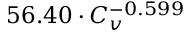
5 6 . 4 0 \cdot C _ { v } ^ { - 0 . 5 9 9 }